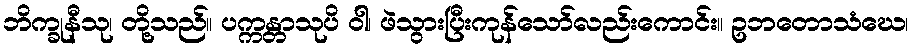
ဘိက္ခုနီသု၊ တို့သည်။ ပက္ကန္တာသုပိ ဝါ၊ ဖဲသွားပြီးကုန်သော်လည်းကောင်း။ ဥဘတောသံဃေ၊